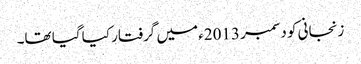
زنجانی کو دسمبر 2013ء میں گرفتار کیا گیا تھا۔